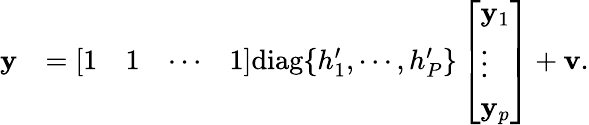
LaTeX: \begin{array}{rl}{\textbf y}&{=\left[\begin{array}{llll}{1}&{1}&{\cdots}&{1}\end{array}\right]\mathrm{diag}\{ h_{1}^{\prime},\cdots,h_{P}^{\prime}\} \left[\begin{array}{l}{\mathbf{y}_{1}}\\ {\vdots}\\ {\mathbf{y}_{p}}\end{array}\right]+\textbf v.}\end{array}